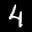
Label: 4